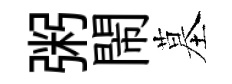
粥閙墓